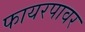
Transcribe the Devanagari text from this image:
फायरपावर